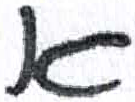
אות: א